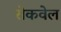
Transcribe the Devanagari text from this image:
रोकवेल